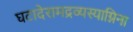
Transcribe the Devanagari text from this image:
घटादेरामद्रव्यस्याग्निना